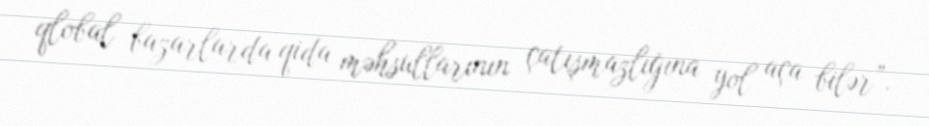
qlobal bazarlarda qida məhsullarının çatışmazlığına yol aça bilər”.